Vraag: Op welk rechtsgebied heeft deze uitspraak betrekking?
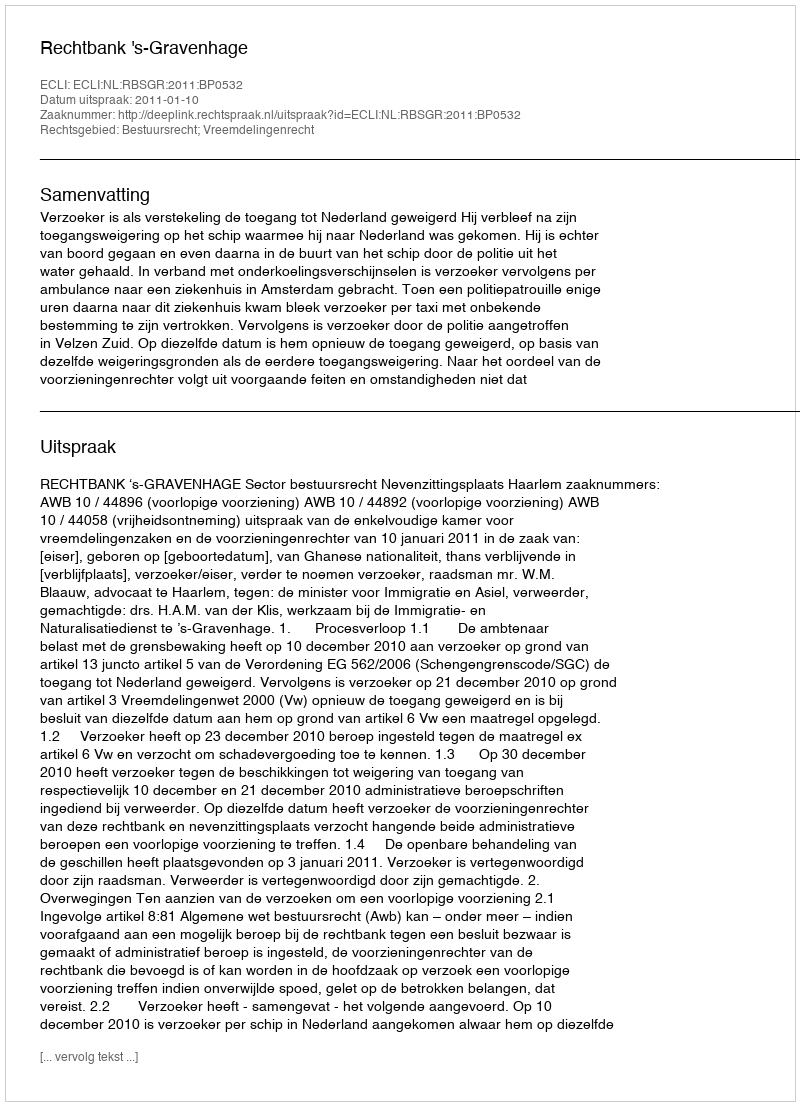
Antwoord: Bestuursrecht; Vreemdelingenrecht